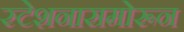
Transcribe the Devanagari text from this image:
स्टेशनासमोरून